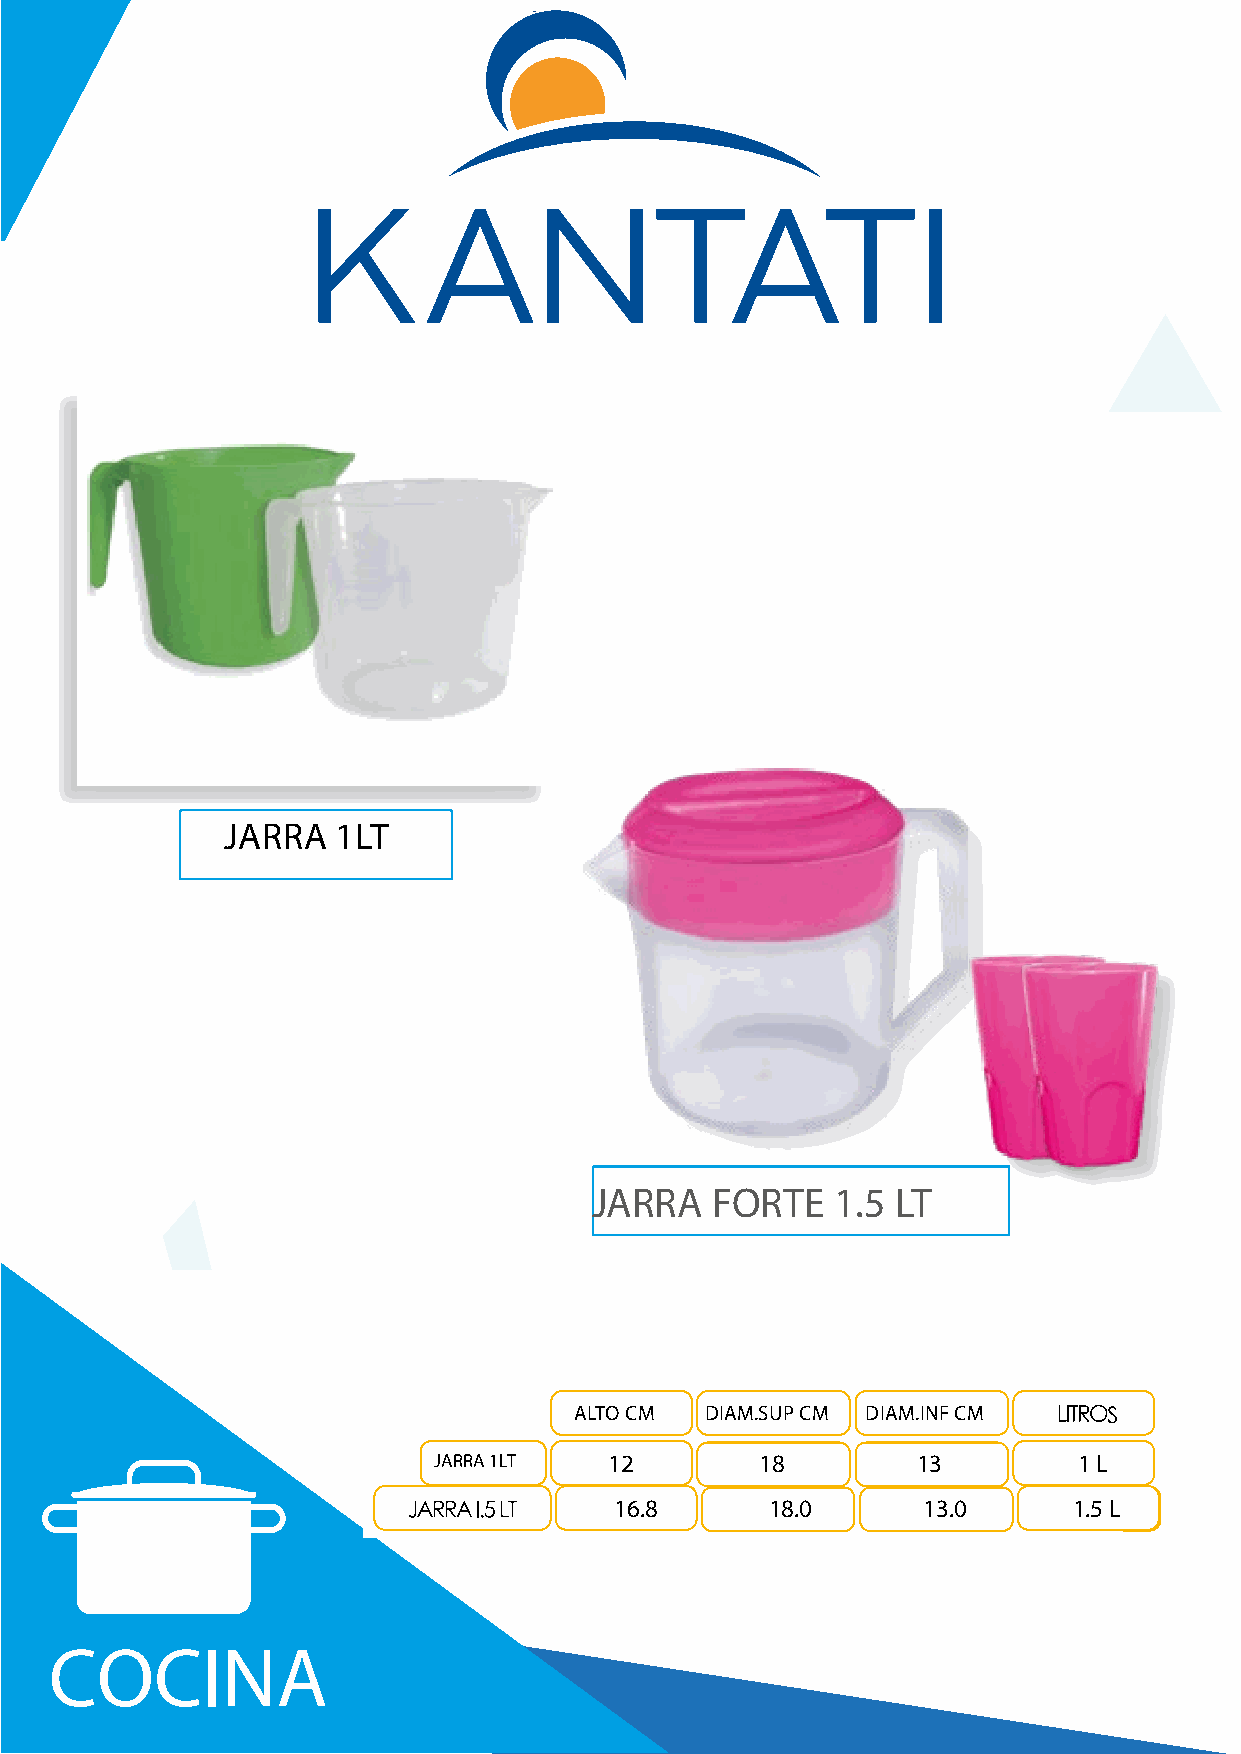
JARRA  1LT
 JARRA   FORTE   1.5 LT
 ALTO CM  DIAM.SUP CM DIAM.INF CM
 JARRA 1LT  12        18         13        1 L
 JARRA 500 ML 1106.8    1118.0    813.0     01..55L L
 COCINA